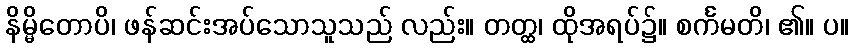
နိမ္မိတောပိ၊ ဖန်ဆင်းအပ်သောသူသည် လည်း။ တတ္ထ၊ ထိုအရပ်၌။ စင်္ကမတိ၊ ၏။ ပ။